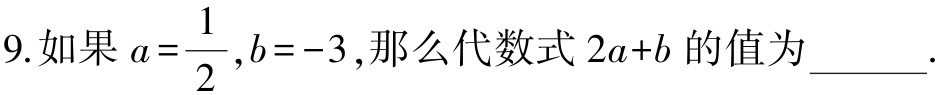
9.如果\(a = \dfrac{1}{2},b = - 3\),那么代数式\(2a + b\)的值为______.